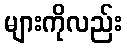
များကိုလည်း